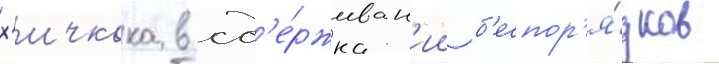
х'ичкока в сд'е́рживан'ии б'еспор'я́дков